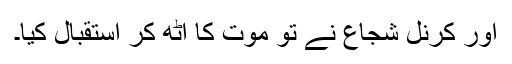
اور کرنل شجاع نے تو موت کا اٹھ کر استقبال کیا۔